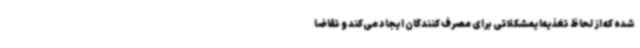
شده که از لحاظ تغذیه‌ایمشکلاتی برای مصرف کنندگان ایجاد می‌کند و تقاضا